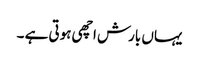
یہاں بارش اچھی ہوتی ہے ۔